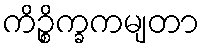
ကိဉ္စိက္ခကမျတာ